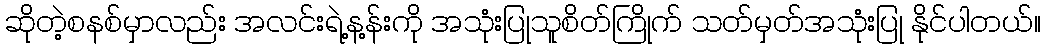
ဆိုတဲ့စနစ်မှာလည်း အလင်းရဲ့န့န်းကို အသုံးပြုသူစိတ်ကြိုက် သတ်မှတ်အသုံးပြု နိုင်ပါတယ်။